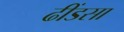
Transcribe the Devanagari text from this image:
ढींडसा